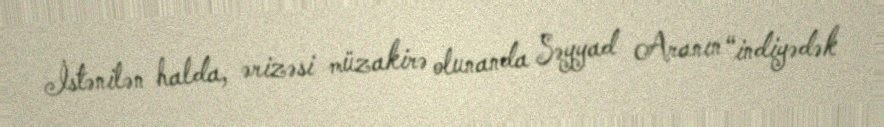
İstənilən halda, ərizəsi müzakirə olunanda Səyyad Aranın “indiyədək